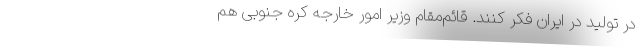
در تولید در ایران فکر کنند. قائم‌مقام وزیر امور خارجه کره جنوبی هم